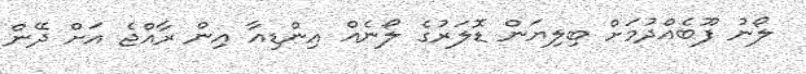
ލޯނު ފޫބެއްދުމަށް ބިލިޔަން ޑޮލަރުގެ ލޯނެއް އިންޑިއާ އިން ރާއްޖެ އަށް ދޭން